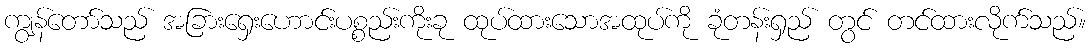
ကျွန်တော်သည် အခြားရှေးဟောင်းပစ္စည်းကိုးခု ထုပ်ထားသောအထုပ်ကို ခုံတန်းရှည် တွင် တင်ထားလိုက်သည်။